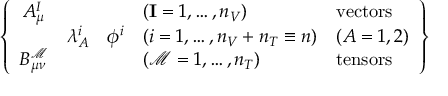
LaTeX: \left\{ \begin{array} { c c c l l } { { A _ { \mu } ^ { I } } } & { { \null } } & { { \null } } & { { ( \mathbf { I } = 1 , \dots , n _ { V } ) } } & { { \mathrm { v e c t o r s } } } \\ { { \null } } & { { \lambda _ { A } ^ { i } } } & { { \phi ^ { i } } } & { { ( i = 1 , \dots , n _ { V } + n _ { T } \equiv n ) } } & { { ( A = 1 , 2 ) } } \\ { { B _ { \mu \nu } ^ { \mathcal { M } } } } & { { \null } } & { { \null } } & { { ( \mathcal { M } = 1 , \dots , n _ { T } ) } } & { { \mathrm { t e n s o r s } \ } } \end{array} \right\}